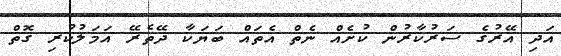
އަދި އޭރުގެ ސަރުކާރުން ކުށެއް ނެތް އެތައް ބަޔަކާ ދޭތެރޭ އަމަލުކުރި ގޮތް